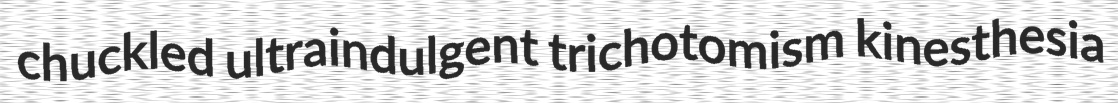
chuckled ultraindulgent trichotomism kinesthesia